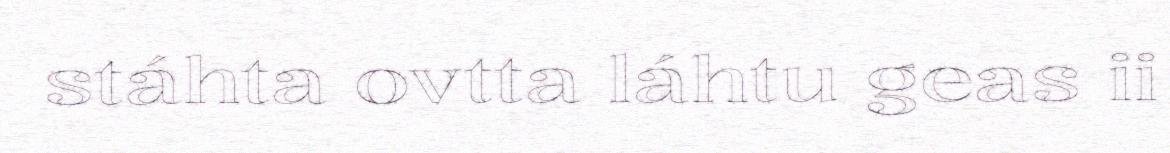
stáhta ovtta láhtu geas ii